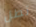
تطل